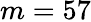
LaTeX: m=57